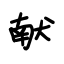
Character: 献